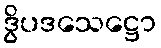
ဒွိပဒသေဋ္ဌော